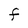
Character: F